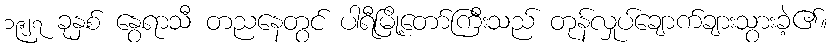
၁၉၂၇ ခုနှစ် နွေရာသီ တညနေတွင် ပါရီမြို့တော်ကြီးသည် တုန်လှုပ်ချောက်ချားသွားခဲ့၏။